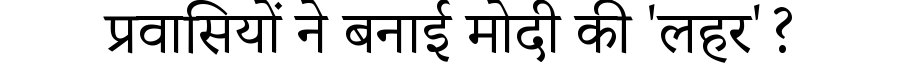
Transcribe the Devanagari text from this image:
प्रवासियों ने बनाई मोदी की 'लहर'?